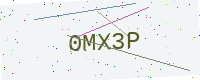
Text: 0MX3P